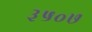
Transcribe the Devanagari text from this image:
३५०७